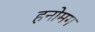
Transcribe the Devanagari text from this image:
हनोमग